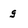
Character: g